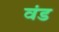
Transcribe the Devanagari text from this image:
वंड